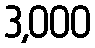
3,000